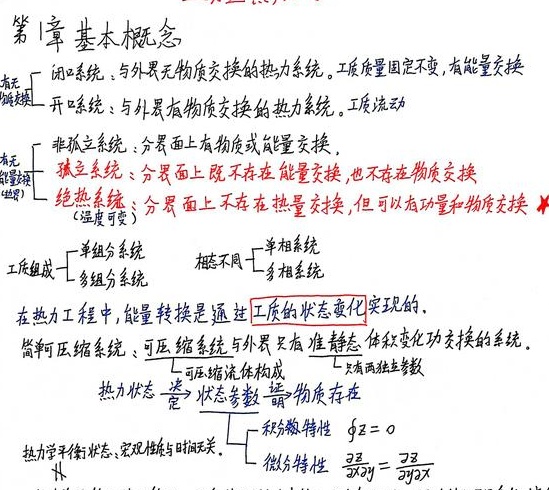
第1章 基本概念

### 有无物质交换
- 闭口系统：与外界无物质交换的热力系统。工质质量固定不变，有能量交换。
- 开口系统：与外界有物质交换的热力系统。工质流动。

### 有无能量交换
- 非孤立系统：分界面上有物质或能量交换。
- 孤立系统：分界面上既不存在能量交换，也不存在物质交换。
- 绝热系统：分界面上不存在热量交换，但可以有动量和物质交换（温度可变）。

### 工质组成
- 单组分系统
- 多组分系统

### 相态不同
- 单相系统
- 多相系统

在热力工程中，能量转换是通过工质的状态变化实现的。

简单可压缩系统：可压缩系统与外界只有准静态体积变化功交换的系统。
- 由可压缩流体构成
- 只有两组状态参数

热力状态$\stackrel{描述}{\to}$状态参数$\stackrel{说明}{\to}$物质存在

热力学平衡状态：宏观性质与时间无关。
- 积分特性 $\oint z = 0$
- 微分特性 $\frac{\partial z}{\partial x\partial y}=\frac{\partial z}{\partial y\partial x}$